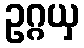
ဥဂ္ဂယှ